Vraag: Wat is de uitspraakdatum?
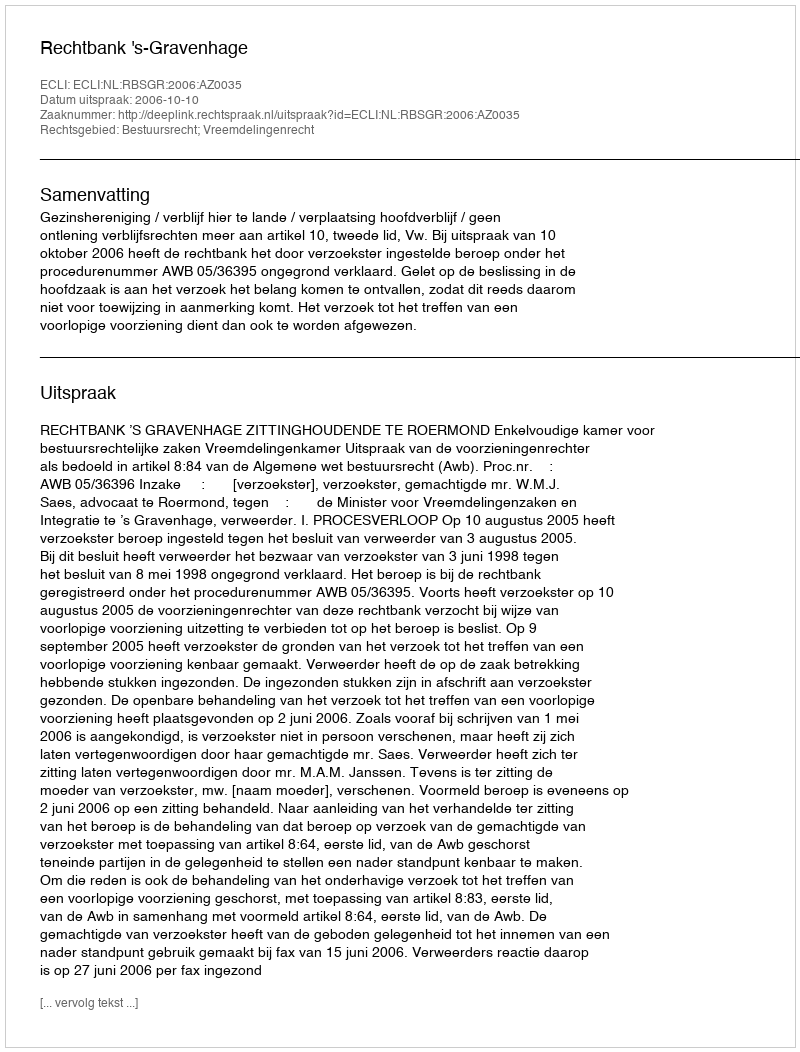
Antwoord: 2006-10-10